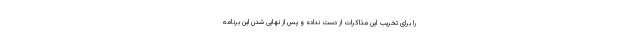
را برای تخریب این مذاکرات از دست نداده و پس از نهایی شدن این برنامه